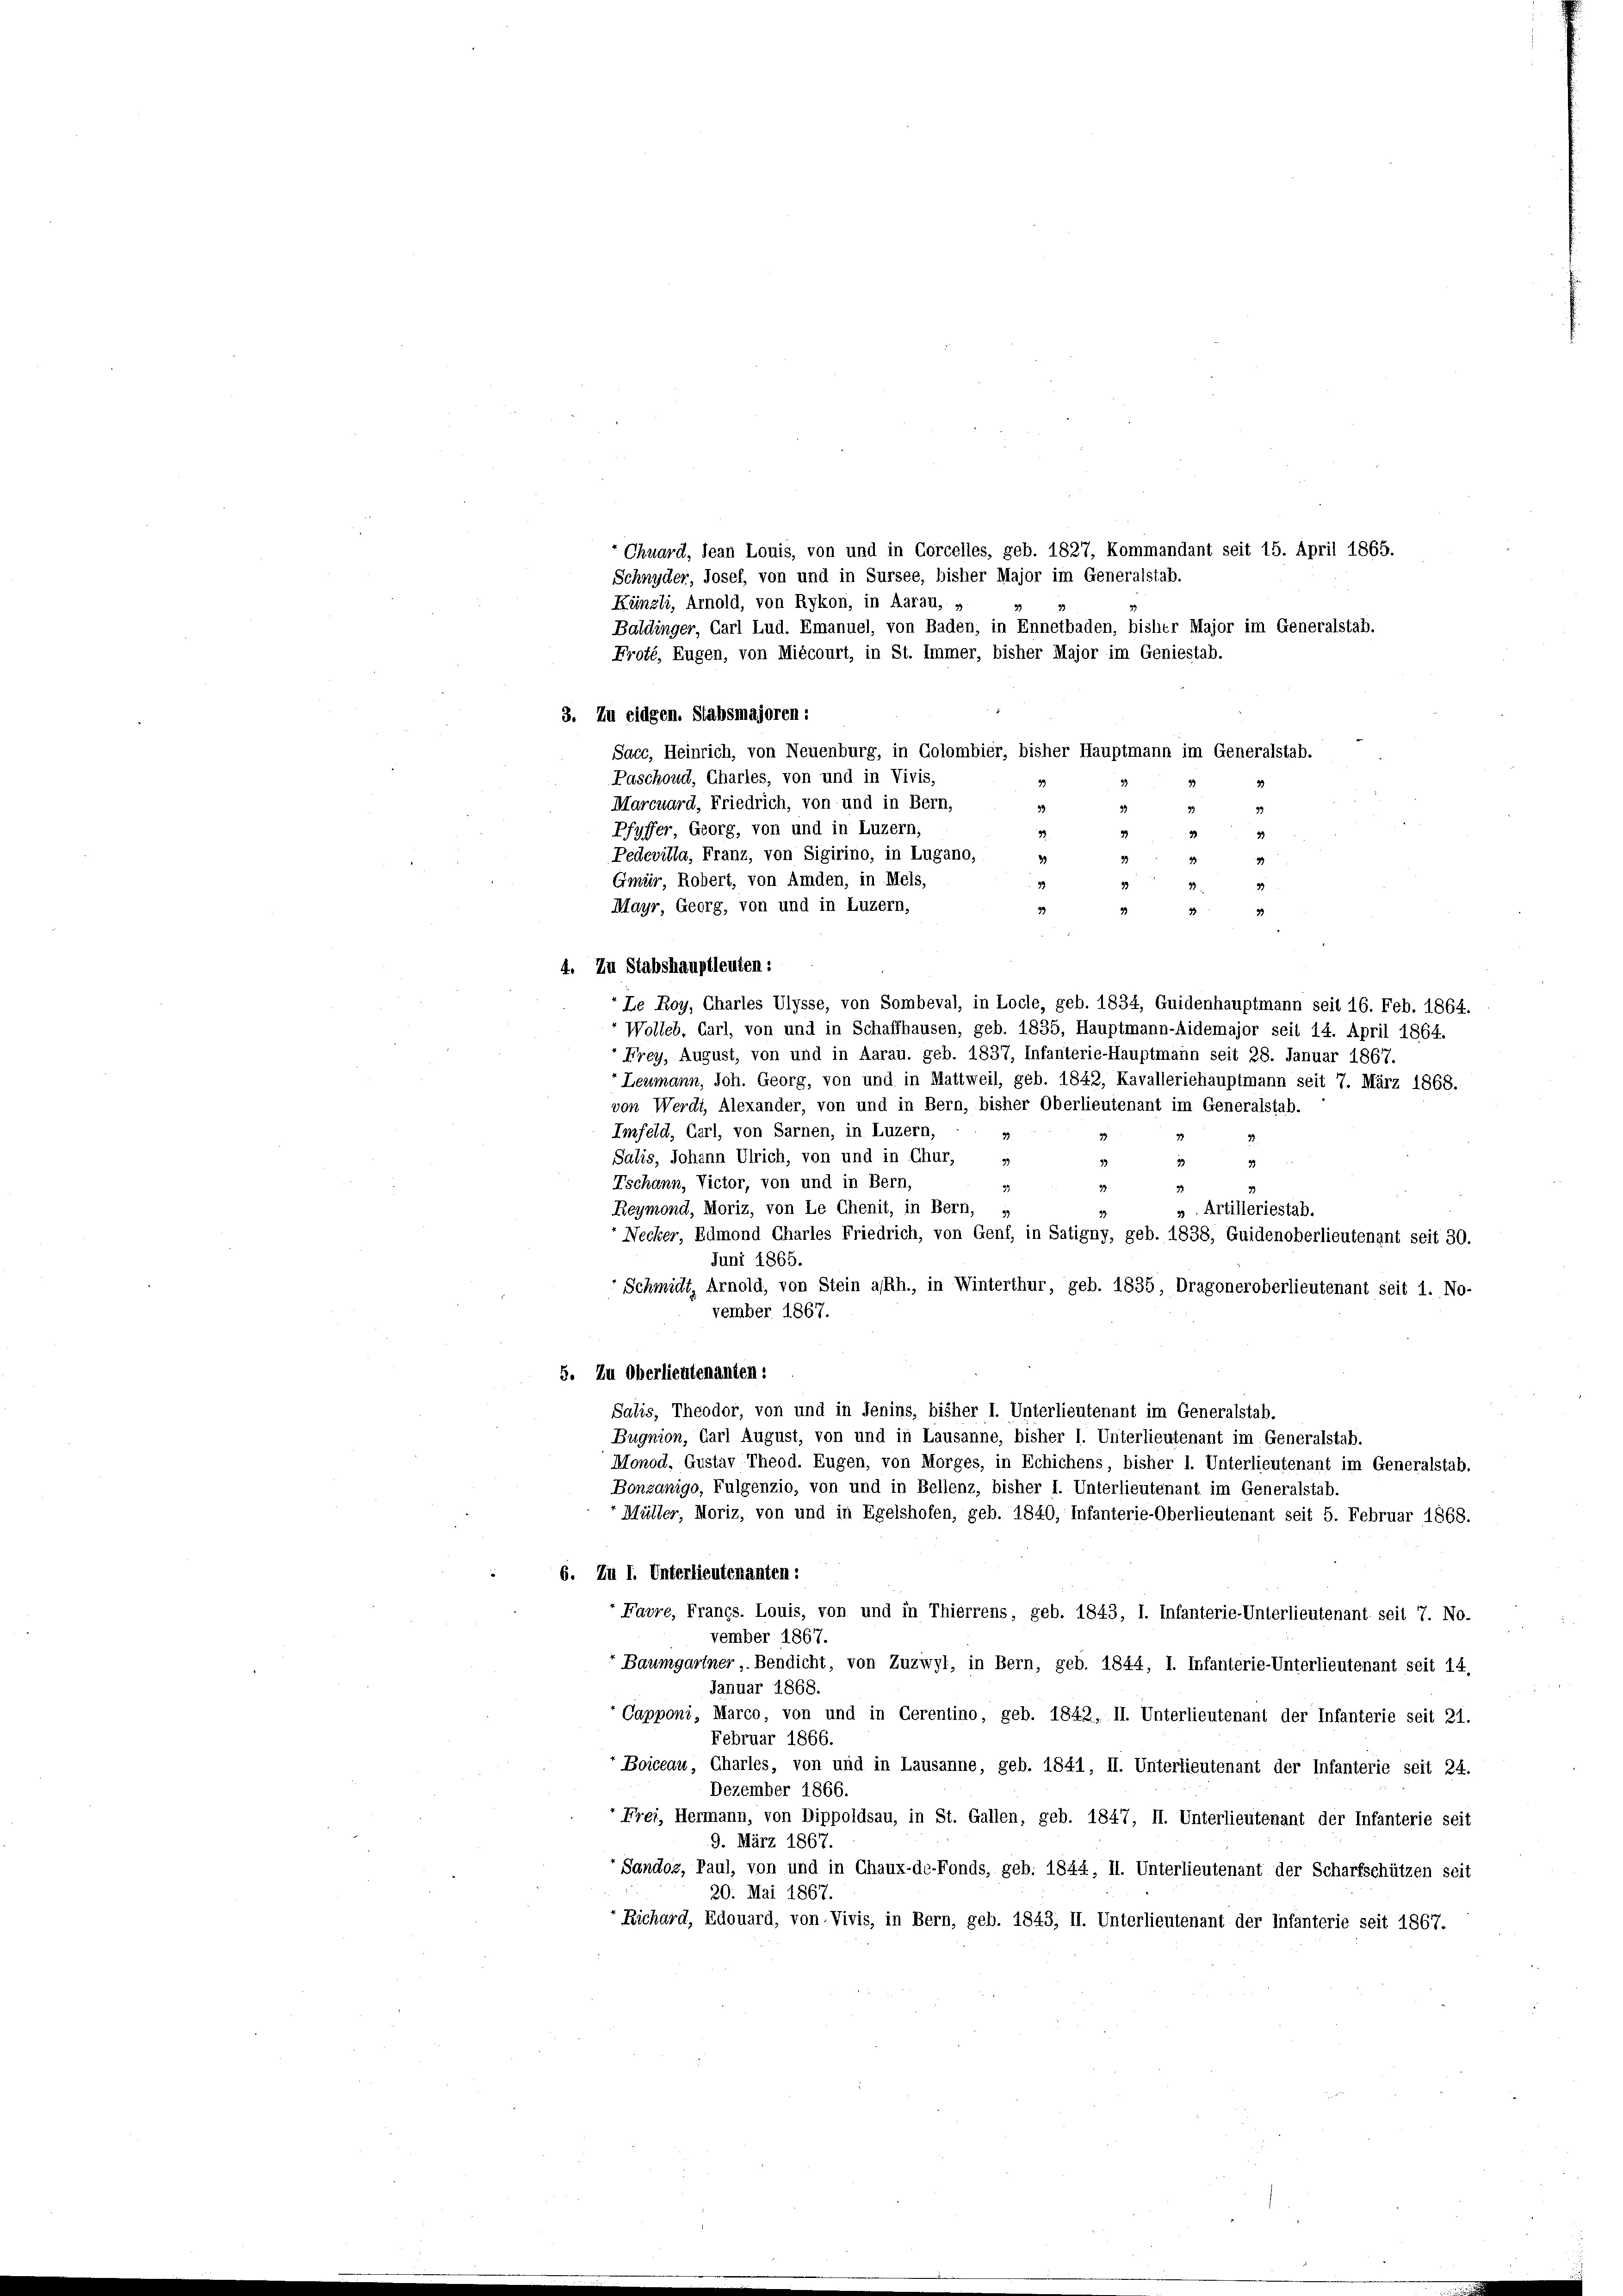
Chuard, Jean Louis, von und in Corcelles, geb. 1827, Kommandant seit 15. April 1865.
Schnyder, Josef, von und in Sursee, bisher Major im Generalstab.
Künzli, Arnold, von Rykon, in Aarau, »
Baldinger, Carl Lud. Emanuel, von Baden, in Ennetbaden, bisher Major im Generalstab.
Froté, Eugen, von Miécourt, in St. Immer, bisher Major im Geniestab.
3. Zu eidgen. Stabsmajoren :
Sacc, Heinrich, von Neuenburg, in Golombier, bisher Hauptmann im Generalstab.
Paschoud, Charles, von und in Vivis,
Marcuard, Friedrich, von und in Bern,
33
Pfyffer, Georg, von und in Luzern,
32
Pedevilla, Franz, von Sigirino, in Lugano,
29
Gmür, Robert, von Amden, in Mels,
39
Mayr, Georg, von und in Luzern,
39
33
32
4. Zu Stabshauptleuten:
Le Roy, Charles Ulysse, von Sombeval, in Locle, geb. 1834, Guidenhauptmann seit 16. Feb. 1864.
Wolles. Carl, von und in Schaffhausen, geb. 1835, Hauptmann-Aidemajor seit 14. April 1864.
Frey, August, von und in Aarau. geb. 1837, Infanterie-Hauptmann seit 28. Januar 1867.
Leumann, Joh. Georg, von und in Mattweil, geb. 1842, Kavalleriehauptmann seit 7. März 1868.
von Werdt, Alexander, von und in Bern, bisher Oberlieutenant im Generalstab.
Imfeld, Carl, von Sarnen, in Luzern,
33
Salis, Johann Ulrich, von und in Chur,
99
19
33
39
Tschann, Victor, von und in Bern,
33.
Reymond, Moriz, von Le Chenit, in Bern, s
» Artilleriestab.
Necker, Edmond Charles Friedrich, von Genf, in Satigny, geb. 1838, Guidenoberlieutenant seit 30.
Juni 1865.
Schmidt, Arnold, von Stein a/Rh., in Winterthur, geb. 1835, Dragoneroberlieutenant seit 1. No-
vember 1867.
5. Zu Oberlieutenanten:
Salis, Theodor, von und in Jenins, bisher I. Unterlieutenant im Generalstab.
Bugnion, Carl August, von und in Lausanne, bisher I. Unterlieutenant im Generalstab.
Monod, Gustav Theod. Eugen, von Morges, in Echichens, bisher 1. Unterlieutenant im Generalstab.
Bonzanigo, Fulgenzio, von und in Bellenz, bisher I. Unterlieutenant im Generalstab.
r Müller, Moriz, von und in Egelshofen, geb. 1840, Infanterie-Oberlieutenant seit 5. Februar 1868.
6. Zu I. Unterlieutenanten:
Favre, Francs. Louis, von und in Thierrens, geb. 1843, I. Infanterie-Unterlieutenant seit 7. No-
vember 1867.
Baumgartner, Bendicht, von Zuzwyl, in Bern, geb. 1844, I. Infanterie-Unterlieutenant seit 14,
Januar 1868.
Capponi, Marco, von und in Cerentino, geb. 1842, II. Unterlieutenant der Infanterie seit 21.
Februar 1866.
Boiceau, Charles, von und in Lausanne, geb. 1841, II. Unterlieutenant der Infanterie seit 24.
Dezember 1866.
" Frei, Hermann, von Dippoldsau, in St. Gallen, geb. 1847, II. Unterlieutenant der Infanterie seit
9. März 1867.
Sandoz, Paul, von und in Chaux-de-Fonds, geb. 1844, II. Unterlieutenant der Scharfschützen seit
20. Mai 1867.
Richard, Edouard, von Vivis, in Bern, geb. 1843, II. Unterlieutenant der Infanterie seit 1867.